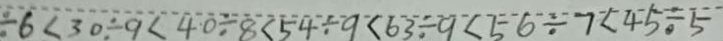
\div 6 < 3 0 \div 9 < 4 0 \div 8 < 5 4 \div 9 < 6 3 \div 9 < 5 6 \div 7 < 4 5 \div 5